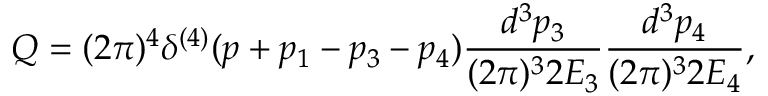
Q = ( 2 \pi ) ^ { 4 } \delta ^ { ( 4 ) } ( p + p _ { 1 } - p _ { 3 } - p _ { 4 } ) \frac { d ^ { 3 } p _ { 3 } } { ( 2 \pi ) ^ { 3 } 2 E _ { 3 } } \frac { d ^ { 3 } p _ { 4 } } { ( 2 \pi ) ^ { 3 } 2 E _ { 4 } } ,